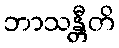
ဘာသန္တီတိ